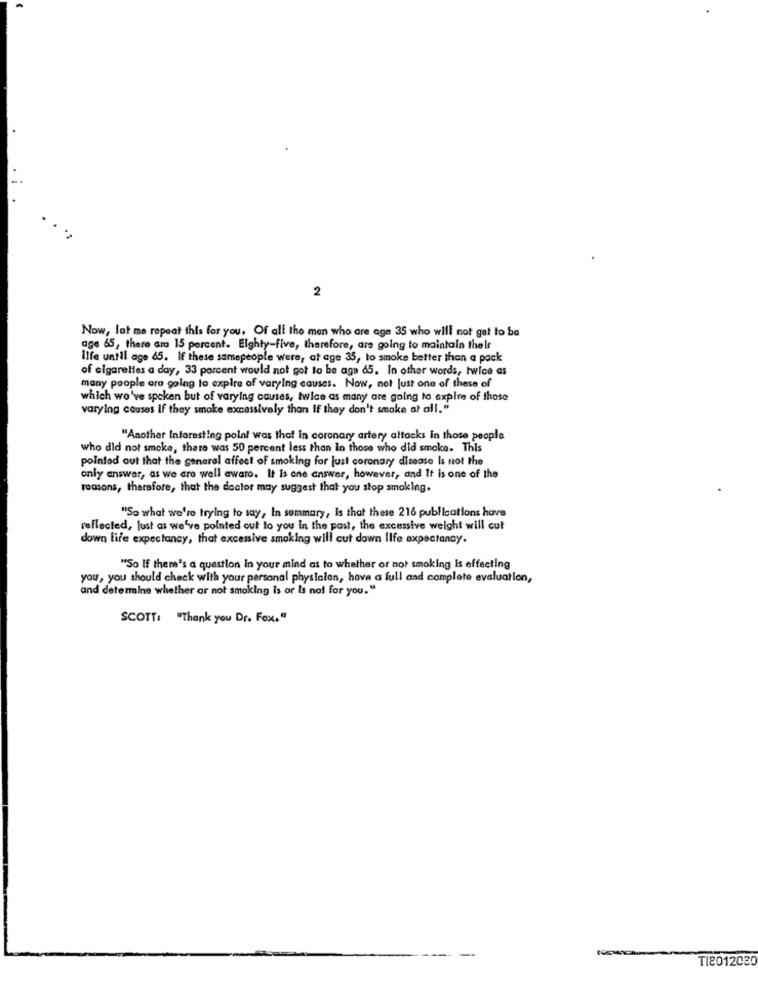
2
Now, let me repeat this for you, Of all the men who are age 35 who will not get to be
age 65, there are 15 percent. Eighty-five, therefore, are going to maintain their
ilfe until age 65. If these samepeople were, at age 35, to smoke better than a pack
of cigarettes a day, 33 porcent would not got to be aga 65. In other words, twice as
many people are going to expire of varying causes. Now, not Just one of these of
which we've spoken but of varying causes, twice as many are going to expire of those
varying causes If they smoke excessively than If they don't smoke at all."
"Another Interesting polnl was that in coronary artery attacks in those people
who did not smoke, there was 50 percent less than in those who did smoke. This
pointed out that the general affect of smoking for just coronary disease Is not the
only answer, as we are well aware. It Is one answer, however, and It is one of the
reasons, therefore, that the doctor may suggest that you stop smoking.
"So what we're trying to say, In summary, is that these 216 publications have
reflected, Just as we've pointed out to you in the past, the excessive weight will cut
down life expectancy, that excessive smoking will cut down life expectancy.
"So If there's a question in your mind as to whether or not smoking is effecting
you, you should check with your personal physlalan, have a full and complete evaluation,
and determine whether or not smoking is or is not for you."
SCOTT: "Thank you Dr. Fox."
T1201203